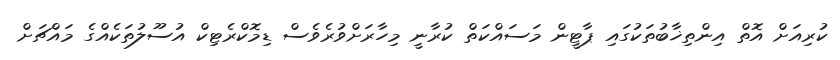
ކުރިއަށް އޮތް އިންތިޚާބުތަކުގައި ޕާޓީން މަސައްކަތް ކުރާނީ މިހާރަށްވުރެވެސް ޑިމޮކްރެޓިކް އުސޫލުތަކެއްގެ މައްޗަށް